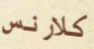
كلارنس